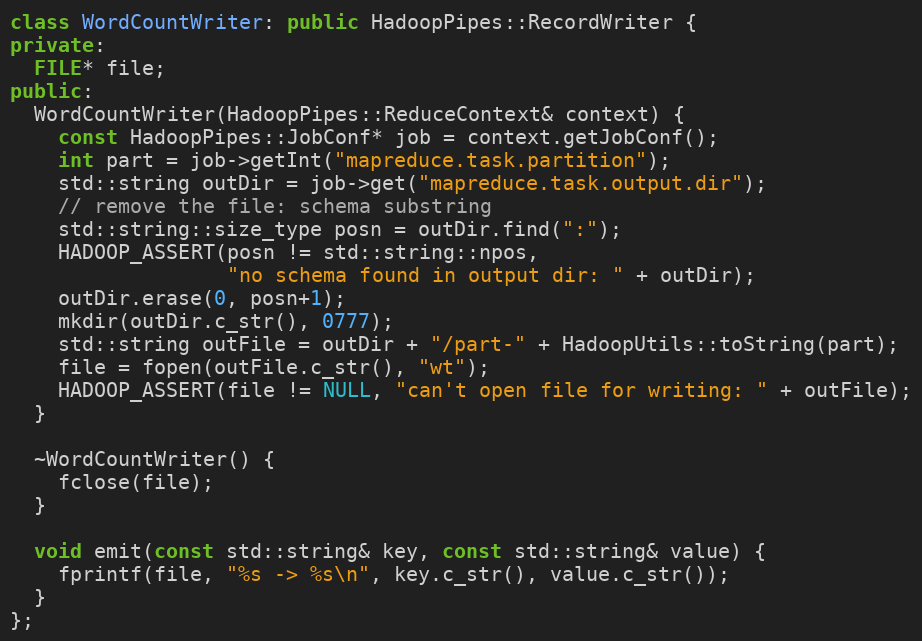
Language: C++
class WordCountWriter: public HadoopPipes::RecordWriter {
private:
  FILE* file;
public:
  WordCountWriter(HadoopPipes::ReduceContext& context) {
    const HadoopPipes::JobConf* job = context.getJobConf();
    int part = job->getInt("mapreduce.task.partition");
    std::string outDir = job->get("mapreduce.task.output.dir");
    // remove the file: schema substring
    std::string::size_type posn = outDir.find(":");
    HADOOP_ASSERT(posn != std::string::npos,
                  "no schema found in output dir: " + outDir);
    outDir.erase(0, posn+1);
    mkdir(outDir.c_str(), 0777);
    std::string outFile = outDir + "/part-" + HadoopUtils::toString(part);
    file = fopen(outFile.c_str(), "wt");
    HADOOP_ASSERT(file != NULL, "can't open file for writing: " + outFile);
  }

  ~WordCountWriter() {
    fclose(file);
  }

  void emit(const std::string& key, const std::string& value) {
    fprintf(file, "%s -> %s\n", key.c_str(), value.c_str());
  }
};